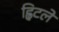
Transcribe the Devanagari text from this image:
ह्विटले